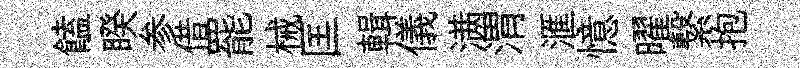
饁睽参借罷械匡輯儀满渭滙憶曜繋抱